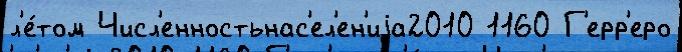
л'е́том Числ'енностьнас'ел'ен'иjа2010 1160 Г'ерр'еро